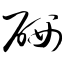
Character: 硒